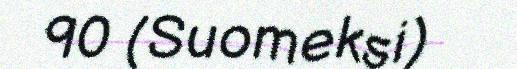
90 (Suomeksi)